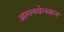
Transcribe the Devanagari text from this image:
अल्ल्स्वेन्स्कन